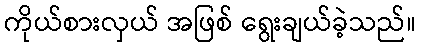
ကိုယ်စားလှယ် အဖြစ် ရွေးချယ်ခဲ့သည်။